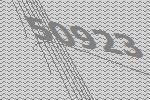
50923